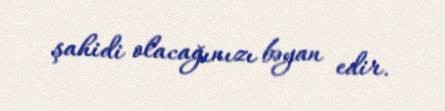
şahidi olacağınızı bəyan edir.